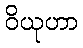
ဝိယုဟာ